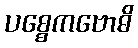
ပစ္စေကဗောဓိ